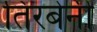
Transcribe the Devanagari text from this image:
तिरबेनी